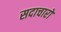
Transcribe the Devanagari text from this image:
सदाचारों